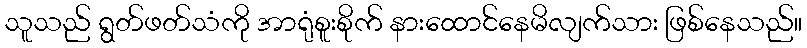
သူသည် ရွတ်ဖတ်သံကို အာရုံစူးစိုက် နားထောင်နေမိလျက်သား ဖြစ်နေသည်။